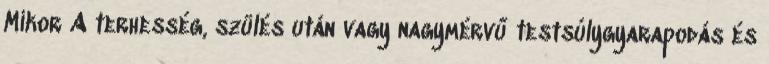
Mikor A terhesség, szülés után vagy nagymérvű testsúlygyarapodás és